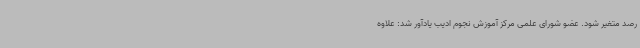
رصد متغیر شود. عضو شورای علمی مرکز آموزش نجوم ادیب یادآور شد: علاوه